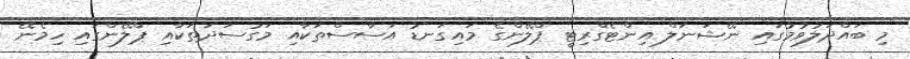
މި ބައްދަލުވުމުގައި ނޭޝަނަލް އިންޓެގްރިޓީ ޕްލޭންގެ މައިގަނޑު އަސާސްތަކާއި މަގުސަދަތަކާއި ޕްލޭންގައި ހިމެނޭ